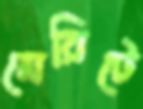
মেরিটে